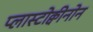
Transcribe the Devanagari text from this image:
प्लास्टोक्वीनोन